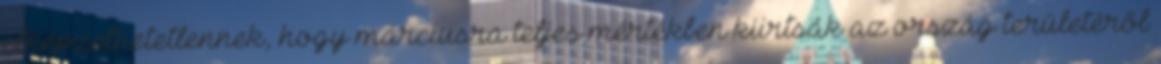
elképzelhetetlennek, hogy márciusra teljes mértékben kiirtsák az ország területéről